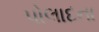
પોલાદના